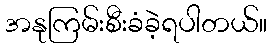
အနုကြမ်းစီးခံခဲ့ရပါတယ်။